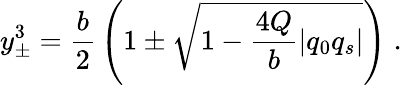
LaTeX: y_{\pm}^{3}={\frac{b}{2}}\left(1\pm\sqrt{1-{\frac{4Q}{b}}|q_{0}q_{s}|}\right)\; .